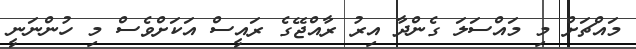
މައްޗަށް މި މައްސަލަ ގެންދާ އިރު ރާއްޖޭގެ ރައީސް އަކަށްވެސް މި ހުންނަނީ